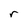
Character: r